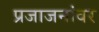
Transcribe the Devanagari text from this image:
प्रजाजनांवर